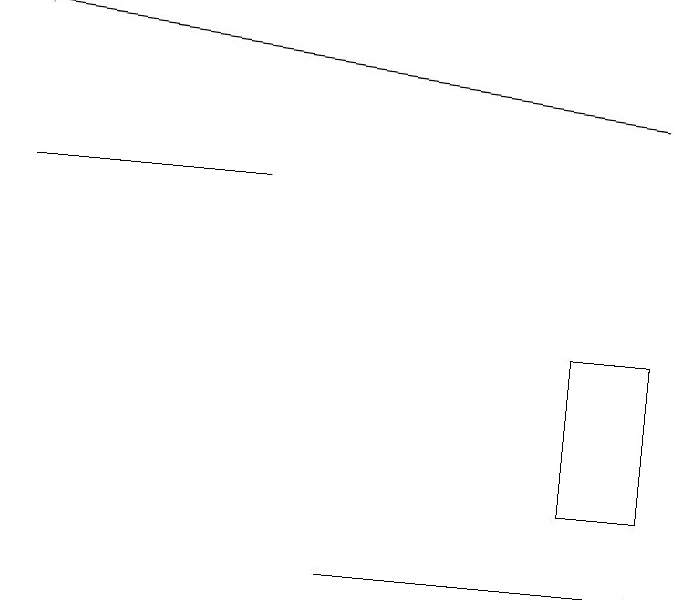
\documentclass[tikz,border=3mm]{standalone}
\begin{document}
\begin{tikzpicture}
\draw (5,10) rectangle (9,10);
\draw[->] (9,16) -- (1,17);
\draw (9,13) rectangle (8,11);
\draw (4,15) rectangle (1,15);
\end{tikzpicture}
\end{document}